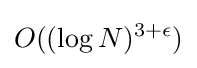
O((\log N)^{3+\epsilon })